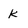
Character: k